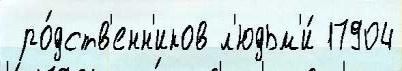
 ро́дств'енн'иков л'юдьм'и́ 17904